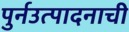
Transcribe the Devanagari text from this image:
पुर्नउत्पादनाची